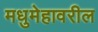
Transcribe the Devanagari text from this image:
मधुमेहावरील